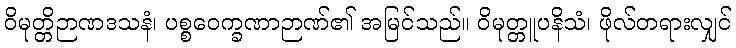
ဝိမုတ္တိဉာဏဒသနံ၊ ပစ္စဝေက္ခဏာဉာဏ်၏ အမြင်သည်။ ဝိမုတ္တူပနိသံ၊ ဖိုလ်တရားလျှင်